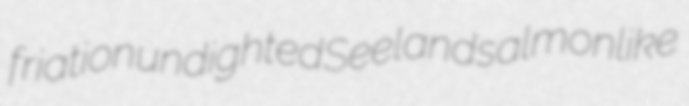
friation undighted Seeland salmonlike